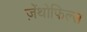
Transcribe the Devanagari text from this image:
ज़ेंथोफिल्स